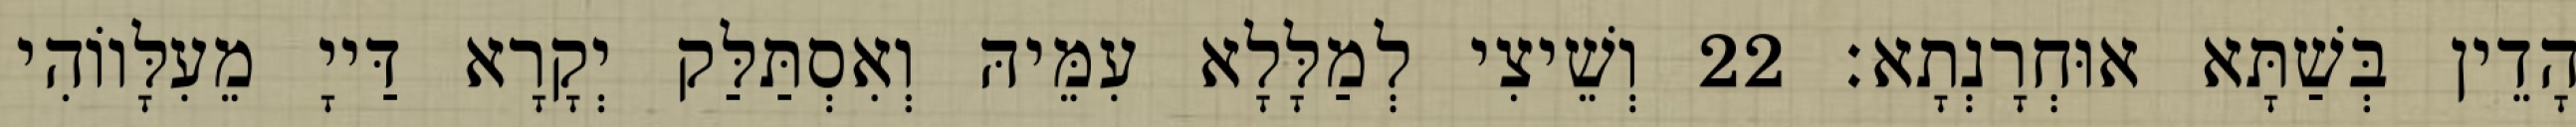
הָדֵין בְּשַׁתָּא אוּחְרָנְתָא׃ 22 וְשֵׁיצִי לְמַלָּלָא עִמֵּיהּ וְאִסְתַּלַּק יְקָרָא דַּייָ מֵעִלָּווֹהִי